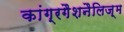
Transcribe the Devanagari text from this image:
कांग्रगैशनैलिज़्म